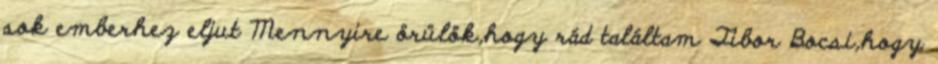
sok emberhez eljut Mennyire örülök,hogy rád találtam Tibor Bocsi,hogy